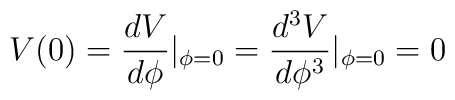
V(0)=\frac{dV}{d\phi}|_{\phi=0}=\frac{d^3V}{d\phi^3}|_{\phi=0}=0